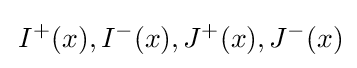
\,I^{+}(x),I^{-}(x),J^{+}(x),J^{-}(x)